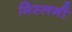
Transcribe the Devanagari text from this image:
मिस्लनी